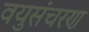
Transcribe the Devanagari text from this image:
वयुसंचरण